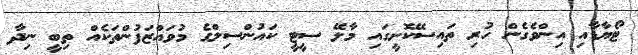
ޓޯޔާޑާއި އިންވެގެން ހުރި ތައިސޭކޮށީގައި މާލޭ ސީޓީ ކައުންސިލްގެ މުވައްޒަފުންތަކެއް ތިބީ ނިދާ